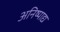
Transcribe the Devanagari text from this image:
अनिष्पाद्य